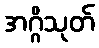
အဂ္ဂိသုတ်